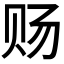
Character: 𰷟